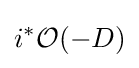
i^{*}{\mathcal {O}}(-D)